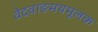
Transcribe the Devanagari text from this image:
वेदवाङमयमूलक